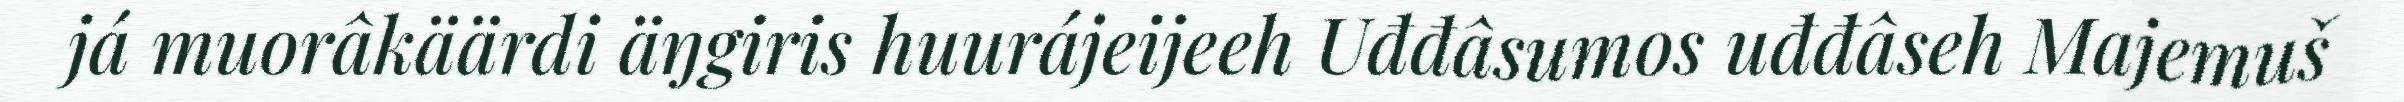
já muorâkäärdi äŋgiris huurájeijeeh Uđđâsumos uđđâseh Majemuš